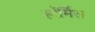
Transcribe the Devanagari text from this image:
हॉर्मिस